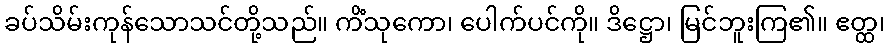
ခပ်သိမ်းကုန်သောသင်တို့သည်။ ကိံသုကော၊ ပေါက်ပင်ကို။ ဒိဋ္ဌော၊ မြင်ဘူးကြ၏။ ဧတ္ထ၊